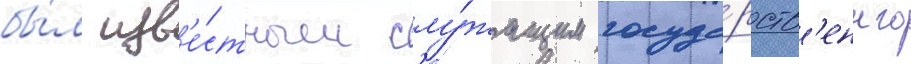
бы́л изв'е́стным слу́жащим госуда́рств'енного